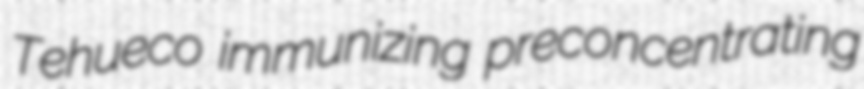
Tehueco immunizing preconcentrating